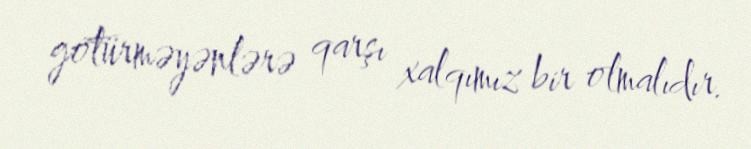
götürməyənlərə qarşı xalqımız bir olmalıdır.